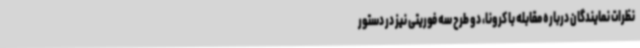
نظرات نمایندگان درباره مقابله با کرونا، دو طرح سه فوریتی نیز در دستور